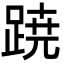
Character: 𮛡